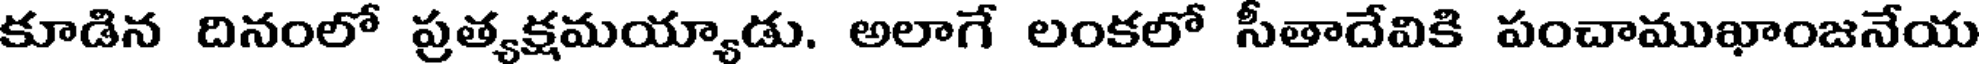
కూడిన దినంలో ప్రత్యక్షమయ్యాడు. అలాగే లంకలో సీతాదేవికి పంచాముఖాంజనేయ